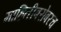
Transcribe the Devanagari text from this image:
माहितीबरोबरच